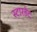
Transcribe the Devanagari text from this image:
स्टारडेट